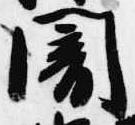
闇